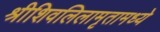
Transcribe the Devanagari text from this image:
श्रीशिवलिलामृतामध्ये